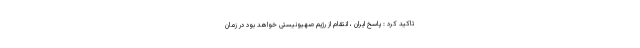
تاکید کرد : پاسخ ایران ، انتقام از رژیم صهیونیستی خواهد بود در زمان